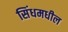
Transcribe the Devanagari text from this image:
सिंधमधील